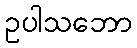
ဥပါသဘော